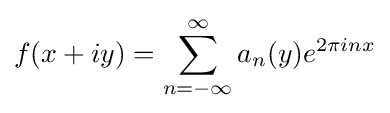
f(x+iy)=\sum _{n=-\infty }^{\infty }a_{n}(y)e^{2\pi inx}